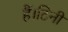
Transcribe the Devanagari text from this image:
हैं।टिनी